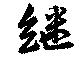
継